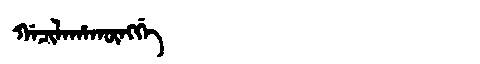
Manchu: ᡤᠠᠴᡳᠯᠠᡥᠠᡴᡡᠩᡤᡝ
Romanization: GACILAHAKŪNGGE